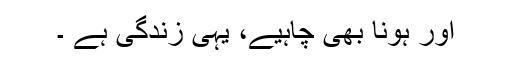
اور ہونا بھی چاہیے، یہی زندگی ہے ۔